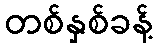
တစ်နှစ်ခန့်